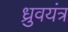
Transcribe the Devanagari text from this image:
ध्रुवयंत्र